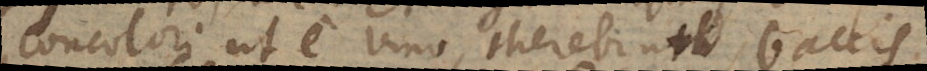
concolori ut e vino, therebinto baccis